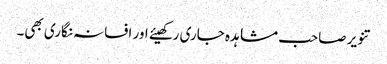
تنویر صاحب مشاہدہ جاری رکھیئے اور افسانہ نگاری بھی۔